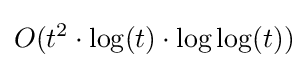
O(t^{2}\cdot \log(t)\cdot \log \log(t))